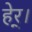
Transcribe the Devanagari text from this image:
हेर्।